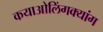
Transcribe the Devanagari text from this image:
कयाओलिंगक्यांग